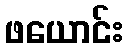
ဖယောင်း